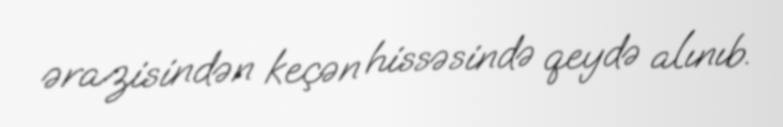
ərazisindən keçən hissəsində qeydə alınıb.